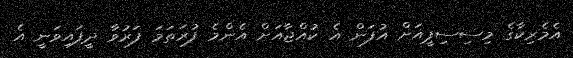
އެމެރިކާގެ މިސިސިޕީއަށް އުފަން އެ ކުއްޖާއަށް އެންމެ ފުރަތަމަ ފަރުވާ ދީފައިވަނީ އެ